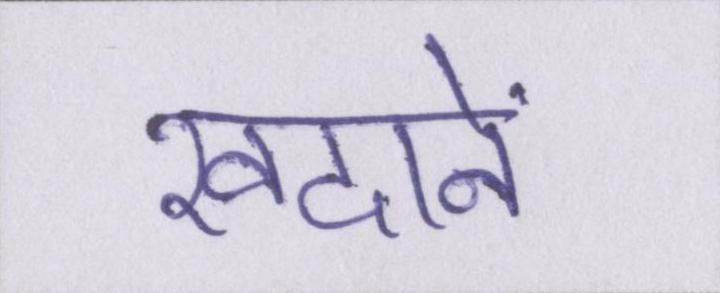
खदानें